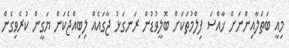
މިއީ ބަތަލާއިންނަށް ޚާއްސަ ފިލްމުތަކަށް ބޮލީވުޑުން ރަނގަޅު ޖާގައެއް ލިބިއްޖެކަން ޔަގީން ކުރެވިގެން